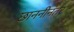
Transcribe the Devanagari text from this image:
छाननीनंतर